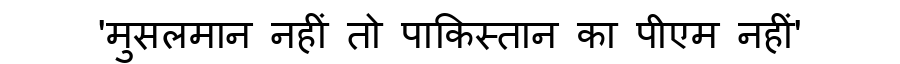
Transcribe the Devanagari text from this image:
'मुसलमान नहीं तो पाकिस्तान का पीएम नहीं'